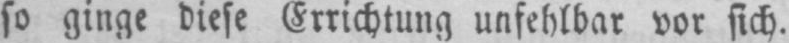
so ginge diese Errichtung unfehlbar vor sich.